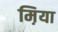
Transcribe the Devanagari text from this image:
म़िया